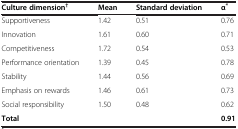
| Culture dimension† | Mean | Standard deviation | α* |
 | --- | --- | --- | --- |
 | Supportiveness | 1.42 | 0.51 | 0.76 |
 | Innovation | 1.61 | 0.60 | 0.71 |
 | Competitiveness | 1.72 | 0.54 | 0.53 |
 | Performance orientation | 1.39 | 0.45 | 0.78 |
 | Stability | 1.44 | 0.56 | 0.69 |
 | Emphasis on rewards | 1.46 | 0.61 | 0.73 |
 | Social responsibility | 1.50 | 0.48 | 0.62 |
 | Total |  |  | 0.91 |